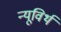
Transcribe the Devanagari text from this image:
न्यूविर्थ